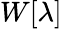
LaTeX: W[\lambda]